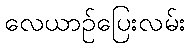
လေယာဉ်ပြေးလမ်း